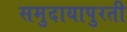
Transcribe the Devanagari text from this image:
समुदायापुरती